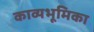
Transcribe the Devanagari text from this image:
काव्यभूमिका